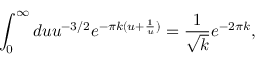
\int _ { 0 } ^ { \infty } d u u ^ { - 3 / 2 } e ^ { - \pi k ( u + \frac { 1 } { u } ) } = \frac { 1 } { \sqrt { k } } e ^ { - 2 \pi k } ,